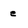
Character: e